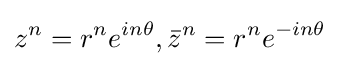
z^{n}=r^{n}e^{in\theta },{\bar {z}}^{n}=r^{n}e^{-in\theta }